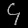
Digit: ၄